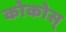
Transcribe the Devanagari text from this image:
कोकोस्